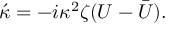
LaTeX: \acute { \kappa } = - i \kappa ^ { 2 } \zeta ( U - \bar { U } ) .